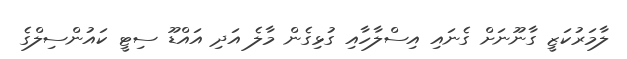
ލާމަރުކަޒީ ގާނޫނަށް ގެނައި އިސްލާހާއި ގުޅިގެން މާލެ އަދި އައްޑޫ ސިޓީ ކައުންސިލްގެ